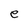
Character: e